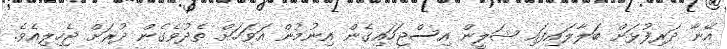
އޭނާ ދަރިފުޅަށް ބަލާލައިފައި ޝަލީން އިސްޖަހައިގެން އިނުމުން އަވަހަށް ތެދުވެގެން ދުރަށް ޖެހިލިއެވެ.